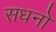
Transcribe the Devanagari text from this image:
सधनो